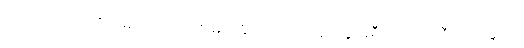
ထိုသူသည်။ အရိယမဂ္ဂါဝရော၊ ချစ်မြတ်နိုးအပ်သော နတ်ရွာခရီးကို ပိတ်ဆီးတတ်သော